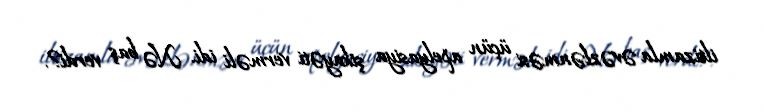
iltizamla əvəzlənməsi üçün apelyasiya şikayəti verməli idi. Nə baş verdi?.